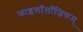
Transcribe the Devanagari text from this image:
फाइलाँलाँजिकम्